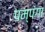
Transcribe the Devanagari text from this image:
पम्पंगा